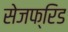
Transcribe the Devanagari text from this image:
सेजफ्रिड